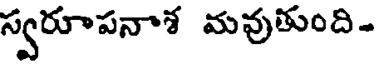
స్వరూపనాశ మవుతుంది-